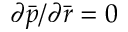
{ { \partial } \bar { p } } / { { \partial } \bar { r } } = 0